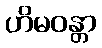
ဟိမဝန္တာ